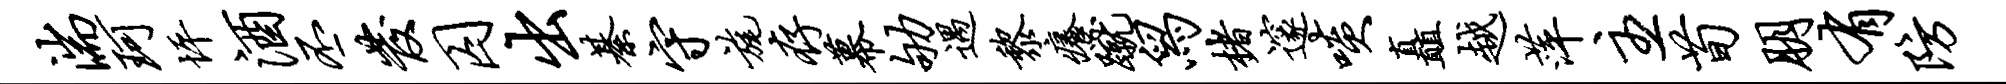
湍珂坪酒丕发囚出綦守旄存幕劬遇黎痒蹴舄楮邃啖矗越萍主荀朋有防